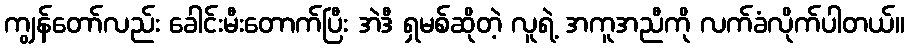
ကျွန်တော်လည်း ခေါင်းမီးတောက်ပြီး အဲဒီ ရှမစ်ဆိုတဲ့ လူရဲ့ အကူအညီကို လက်ခံလိုက်ပါတယ်။